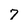
Character: 7